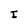
Character: I